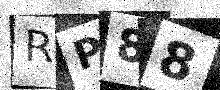
Text: RP88